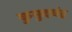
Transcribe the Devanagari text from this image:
कुमुदचंद्र